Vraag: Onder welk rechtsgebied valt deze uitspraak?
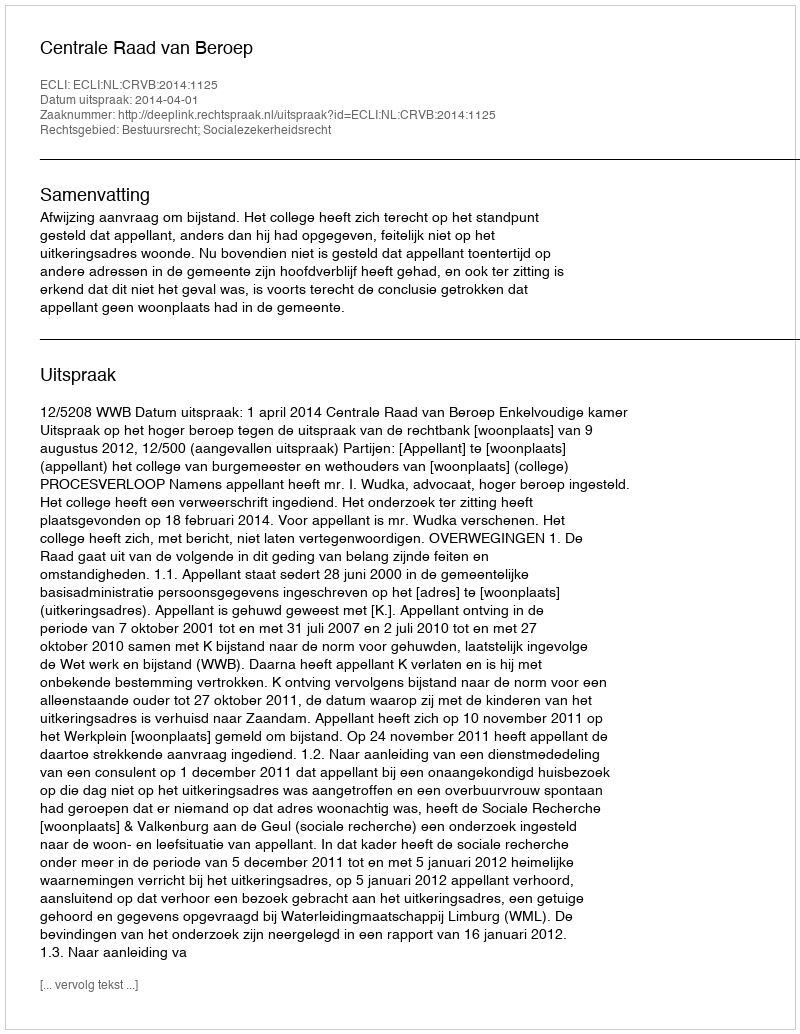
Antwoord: Bestuursrecht; Socialezekerheidsrecht